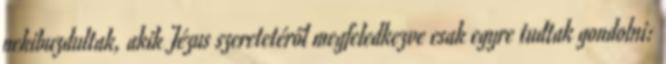
nekibuzdultak, akik Jézus szeretetéről megfeledkezve csak egyre tudtak gondolni: